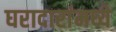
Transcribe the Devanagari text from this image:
घरादारांमध्ये